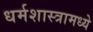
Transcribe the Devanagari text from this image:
धर्मशास्त्रामध्ये